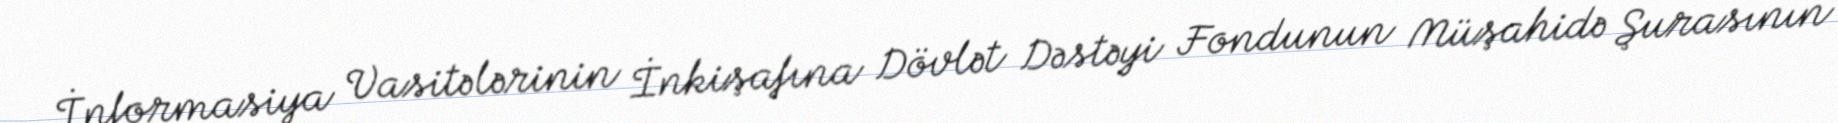
İnformasiya Vasitələrinin İnkişafına Dövlət Dəstəyi Fondunun Müşahidə Şurasının